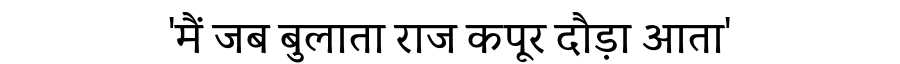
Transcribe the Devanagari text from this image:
'मैं जब बुलाता राज कपूर दौड़ा आता'